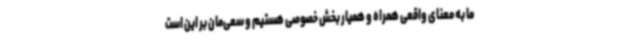
ما به معنای واقعی همراه و همیار بخش خصوصی هستیم و سعی‌مان بر این است